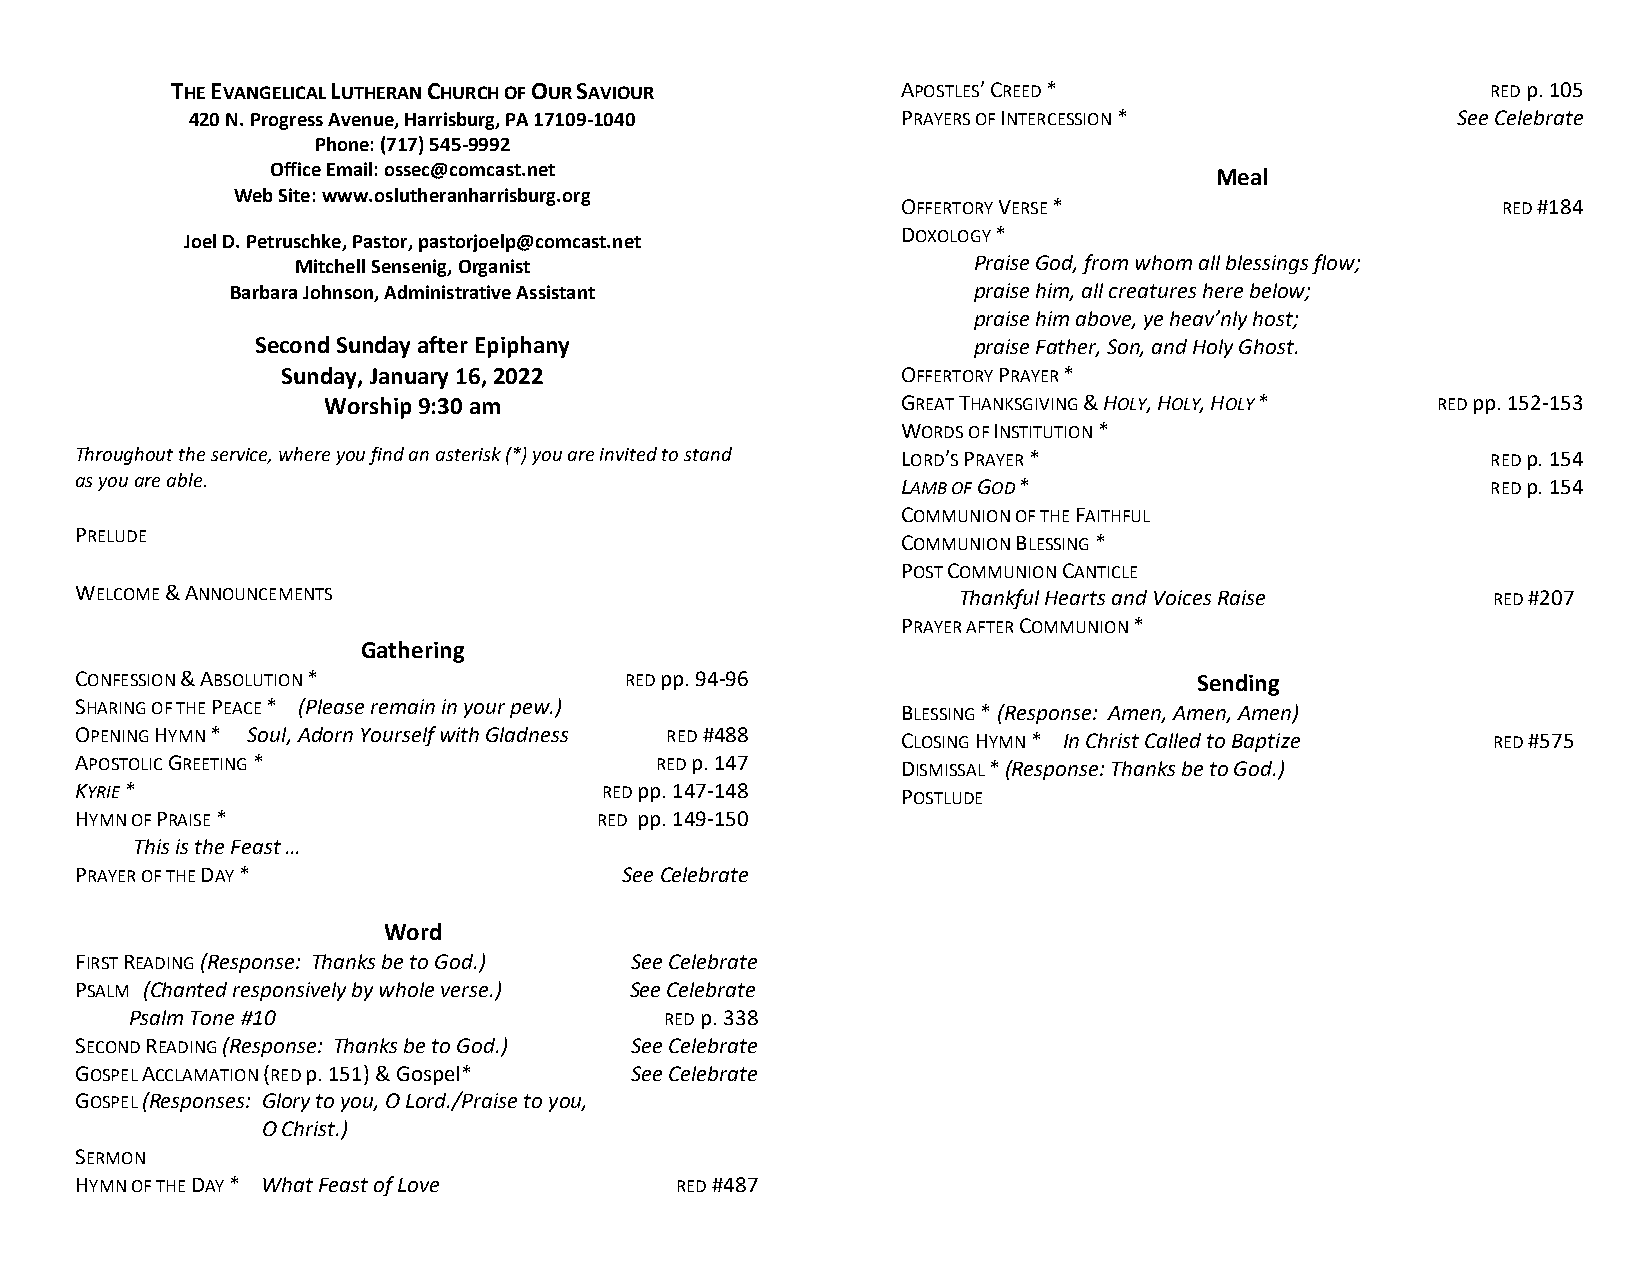
THE EVANGELICAL LUTHERAN CHURCH OF OUR SAVIOUR   APOSTLES’ CREED *                      RED p. 105
 420 N. Progress Avenue, Harrisburg, PA 17109-1040 PRAYERS OF INTERCESSION *        See Celebrate
 Phone: (717) 545-9992
 Office Email: ossec@comcast.net                               Meal
 Web Site: www.oslutheranharrisburg.org
 OFFERTORY VERSE *                      RED #184
 Joel D. Petruschke, Pastor, pastorjoelp@comcast.net
 DOXOLOGY *
 Mitchell Sensenig, Organist                 Praise God, from whom all blessings flow;
 Barbara Johnson, Administrative Assistant        praise him, all creatures here below;
 praise him above, ye heav’nly host;
 Second Sunday after Epiphany                   praise Father, Son, and Holy Ghost.
 Sunday, January 16, 2022                 OFFERTORY PRAYER *
 Worship 9:30 am                        GREAT THANKSGIVING & HOLY, HOLY, HOLY * RED pp. 152-153
 WORDS OF INSTITUTION *
 Throughout the service, where you find an asterisk (*) you are invited to stand LORD’S PRAYER * RED p. 154
 as you are able.                                       LAMB OF GOD *                          RED p. 154
 COMMUNION OF THE FAITHFUL
 PRELUDE
 COMMUNION BLESSING *
 POST COMMUNION CANTICLE
 WELCOME & ANNOUNCEMENTS                                   Thankful Hearts and Voices Raise    RED #207
 PRAYER AFTER COMMUNION *
 Gathering
 CONFESSION & ABSOLUTION *           RED pp. 94-96                         Sending
 SHARING OF THE PEACE * (Please remain in your pew.)    BLESSING * (Response: Amen, Amen, Amen)
 OPENING HYMN * Soul, Adorn Yourself with Gladness RED #488 CLOSING HYMN * In Christ Called to Baptize RED #575
 APOSTOLIC GREETING *                  RED p. 147       DISMISSAL * (Response: Thanks be to God.)
 KYRIE *                            RED pp. 147-148     POSTLUDE
 HYMN OF PRAISE *                   RED pp. 149-150
 This is the Feast …
 PRAYER OF THE DAY *                 See Celebrate
 Word
 FIRST READING (Response: Thanks be to God.) See Celebrate
 PSALM (Chanted responsively by whole verse.) See Celebrate
 Psalm Tone #10                     RED p. 338
 SECOND READING (Response: Thanks be to God.) See Celebrate
 GOSPEL ACCLAMATION (RED p. 151) & Gospel* See Celebrate
 GOSPEL (Responses: Glory to you, O Lord./Praise to you,
 O Christ.)
 SERMON
 HYMN OF THE DAY * What Feast of Love    RED #487